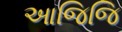
આજિજિ